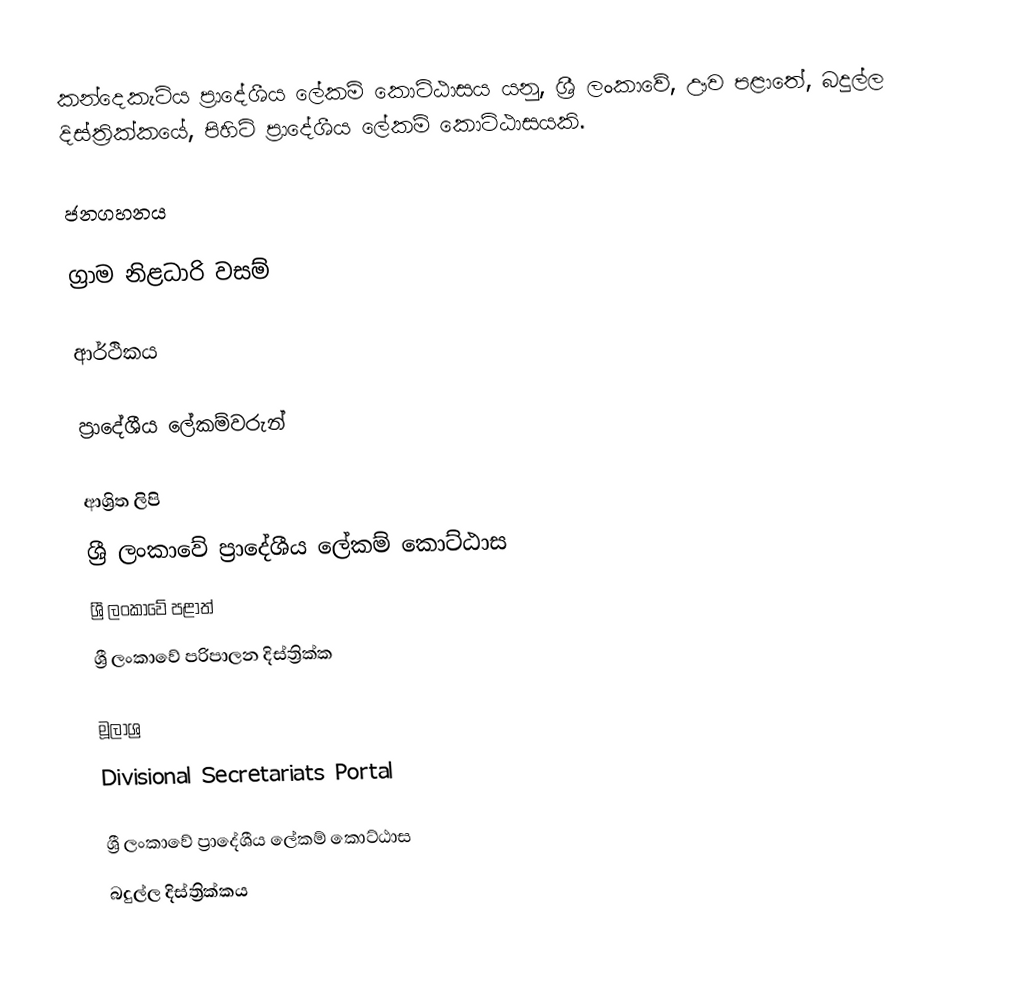
කන්දෙකැටිය ප්‍රාදේශීය ලේකම් කොට්ඨාසය යනු,  ශ්‍රී ලංකාවේ, ඌව පළාතේ,   බදුල්ල දිස්ත්‍රික්කයේ, පිහිටි ප්‍රාදේශීය ලේකම් කොට්ඨාසයකි.

ජනගහනය

ග්‍රාම නිළධාරි වසම්

ආර්ථිකය

ප්‍රාදේශීය ලේකම්වරුන්

ආශ්‍රිත ලිපි
ශ්‍රී ලංකාවේ ප්‍රාදේශීය ලේකම් කොට්ඨාස
ශ්‍රී ලංකාවේ පළාත්
ශ්‍රී ලංකාවේ පරිපාලන දිස්ත්‍රික්ක

මූලාශ්‍ර
 Divisional Secretariats Portal

ශ්‍රී ලංකාවේ ප්‍රාදේශීය ලේකම් කොට්ඨාස
බදුල්ල දිස්ත්‍රික්කය